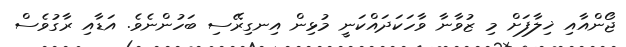
ޖޯންއާއި ޚިލާފަށް މި ޒުވާނާ ވާހަކަދައްކަނީ މުޅިން އިނގިރޭސި ބަހުންނެވެ. އަޑާއި ރާގުވެސް